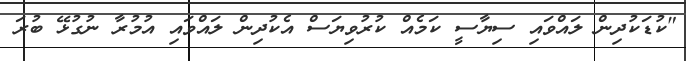
"ކުޑަކުދިން ލައްވައި ސިޔާސީ ކަމެއް ކުރުވިޔަސް އެކުދިން ލައްވައި އުމުރާ ނުގުޅޭ ބުރަ